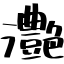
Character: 灔